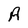
Character: A